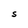
Character: S